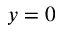
y = 0